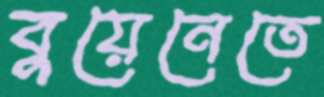
বুয়েনেতে